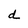
Character: d